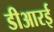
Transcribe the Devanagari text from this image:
डीआरई